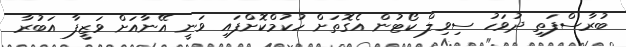
ބުރާސްފަތި ދުވަހު ސިވިލް ކޯޓުން އެގޮތަށް ހުކުމްކޮށްފައި ވަނީ އޭނާއަށް ވަޒީފާ އަބުރާ